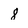
Character: 8